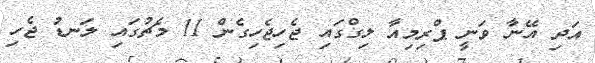
އަދި އޭނާ ވަނީ ޕްރިމިއާ ލިގްގައި ޖެހިޖެހިގެން 11 މެޗުގައި ލަނޑު ޖެހި